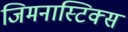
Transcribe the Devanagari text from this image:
जिमनास्टिक्‍स